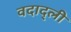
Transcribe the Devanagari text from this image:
वदाद्ली